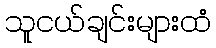
သူငယ်ချင်းများထံ